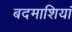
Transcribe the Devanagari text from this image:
बदमाशियां